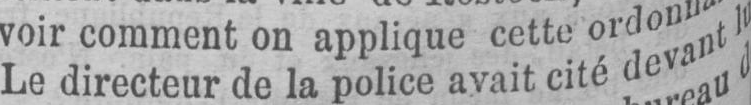
Le directeur de la police avait cité devant lu